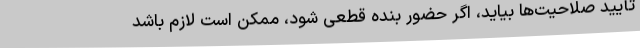
تأیید صلاحیت‌ها بیاید، اگر حضور بنده قطعی شود، ممکن است لازم باشد